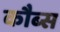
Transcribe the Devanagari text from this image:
कौब्स